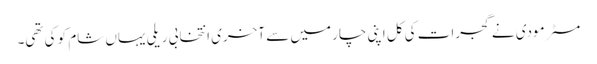
مسٹر مودی نے گجرات کی کل اپنی چار میں سے آخری انتخابی ریلی یہاں شام کو کی تھی۔